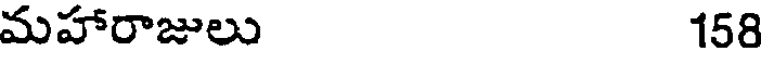
మహారాజులు 158